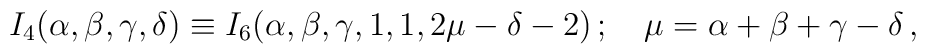
I_4(\alpha,\beta,\gamma,\delta)\equiv I_6(\alpha,\beta,\gamma,1,1,2\mu-\delta-2)\,;\quad\mu=\alpha+\beta+\gamma-\delta\,,